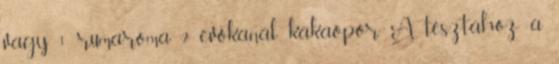
vagy 1 rumaroma 2 evőkanál kakaópor A tésztához a